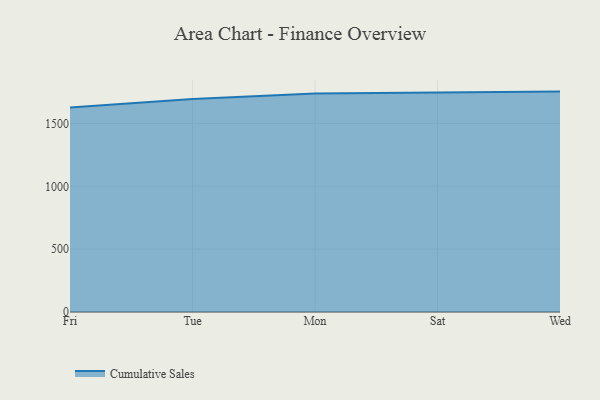
{"axis": {"x": "Day", "y": "Latency (ms)"}, "legend": ["Cumulative Sales"], "data": [{"x": "Fri", "y": 1628.1, "type": "Cumulative Sales"}, {"x": "Tue", "y": 1694.3, "type": "Cumulative Sales"}, {"x": "Mon", "y": 1739.0, "type": "Cumulative Sales"}, {"x": "Sat", "y": 1746.3, "type": "Cumulative Sales"}, {"x": "Wed", "y": 1753.8, "type": "Cumulative Sales"}]}